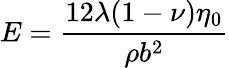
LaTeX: E=\frac{12\lambda(1-\nu)\eta_{0}}{\rho b^{2}}